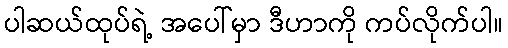
ပါဆယ်ထုပ်ရဲ့ အပေါ်မှာ ဒီဟာကို ကပ်လိုက်ပါ။